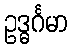
ဥဒ္ဓင်္ဂမာ